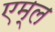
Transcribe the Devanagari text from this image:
एम्ल